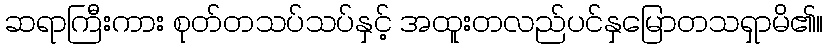
ဆရာကြီးကား စုတ်တသပ်သပ်နှင့် အထူးတလည်ပင်နှမြောတသရှာမိ၏။